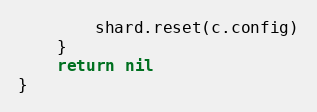
Language: Go
		shard.reset(c.config)
	}
	return nil
}